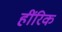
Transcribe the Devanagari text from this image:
हींरिक